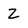
Character: 2